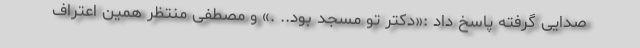
صدایی گرفته پاسخ داد :«دکتر تو مسجد بود.. .» و مصطفی منتظر همین اعتراف